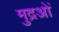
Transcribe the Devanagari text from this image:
मुद्रओं